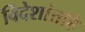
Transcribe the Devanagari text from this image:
विदेशांतहि